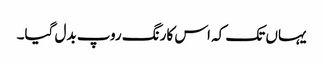
یہاں تک کہ اس کارنگ روپ بدل گیا۔